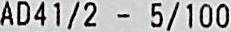
AD41/2 - 5/100